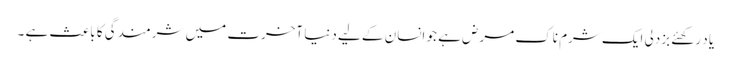
یا د رکھئے بزدلی ایک شرم ناک مرض ہے جو انسان کے لیے دنیا آخرت میں شرمندگی کا باعث ہے ۔